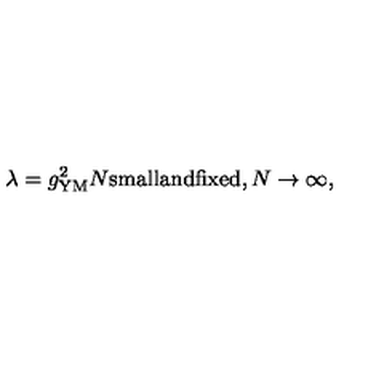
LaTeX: \lambda = g _ { \mathrm { Y M } } ^ { 2 } N \mathrm { s m a l l a n d f i x e d } , N \rightarrow \infty ,